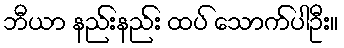
ဘီယာ နည်းနည်း ထပ် သောက်ပါဦး။